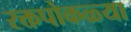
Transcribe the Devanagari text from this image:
रक्तपोकळ्या